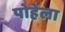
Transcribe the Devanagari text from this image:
पोहेला